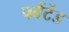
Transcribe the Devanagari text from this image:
पर्वर्टेड